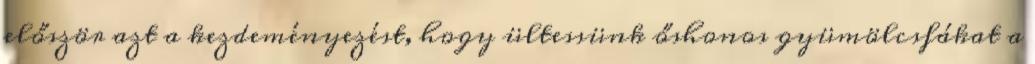
először azt a kezdeményezést, hogy ültessünk őshonos gyümölcsfákat a